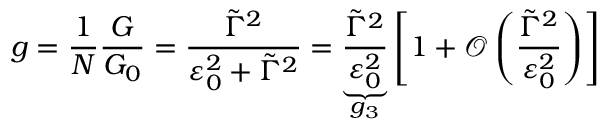
g = \frac { 1 } { N } \frac { G } { G _ { 0 } } = \frac { \tilde { \Gamma } ^ { 2 } } { \varepsilon _ { 0 } ^ { 2 } + \tilde { \Gamma } ^ { 2 } } = \underbrace { \frac { \tilde { \Gamma } ^ { 2 } } { \varepsilon _ { 0 } ^ { 2 } } } _ { g _ { 3 } } \left[ 1 + \mathcal { O } \left( \frac { \tilde { \Gamma } ^ { 2 } } { \varepsilon _ { 0 } ^ { 2 } } \right) \right]